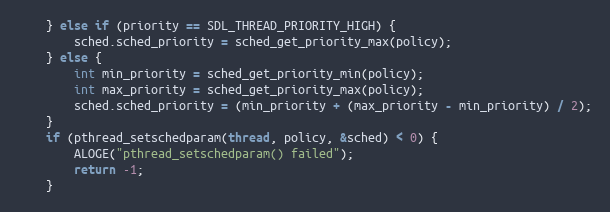
Language: C
    } else if (priority == SDL_THREAD_PRIORITY_HIGH) {
        sched.sched_priority = sched_get_priority_max(policy);
    } else {
        int min_priority = sched_get_priority_min(policy);
        int max_priority = sched_get_priority_max(policy);
        sched.sched_priority = (min_priority + (max_priority - min_priority) / 2);
    }
    if (pthread_setschedparam(thread, policy, &sched) < 0) {
        ALOGE("pthread_setschedparam() failed");
        return -1;
    }